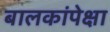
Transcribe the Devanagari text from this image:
बालकांपेक्षा